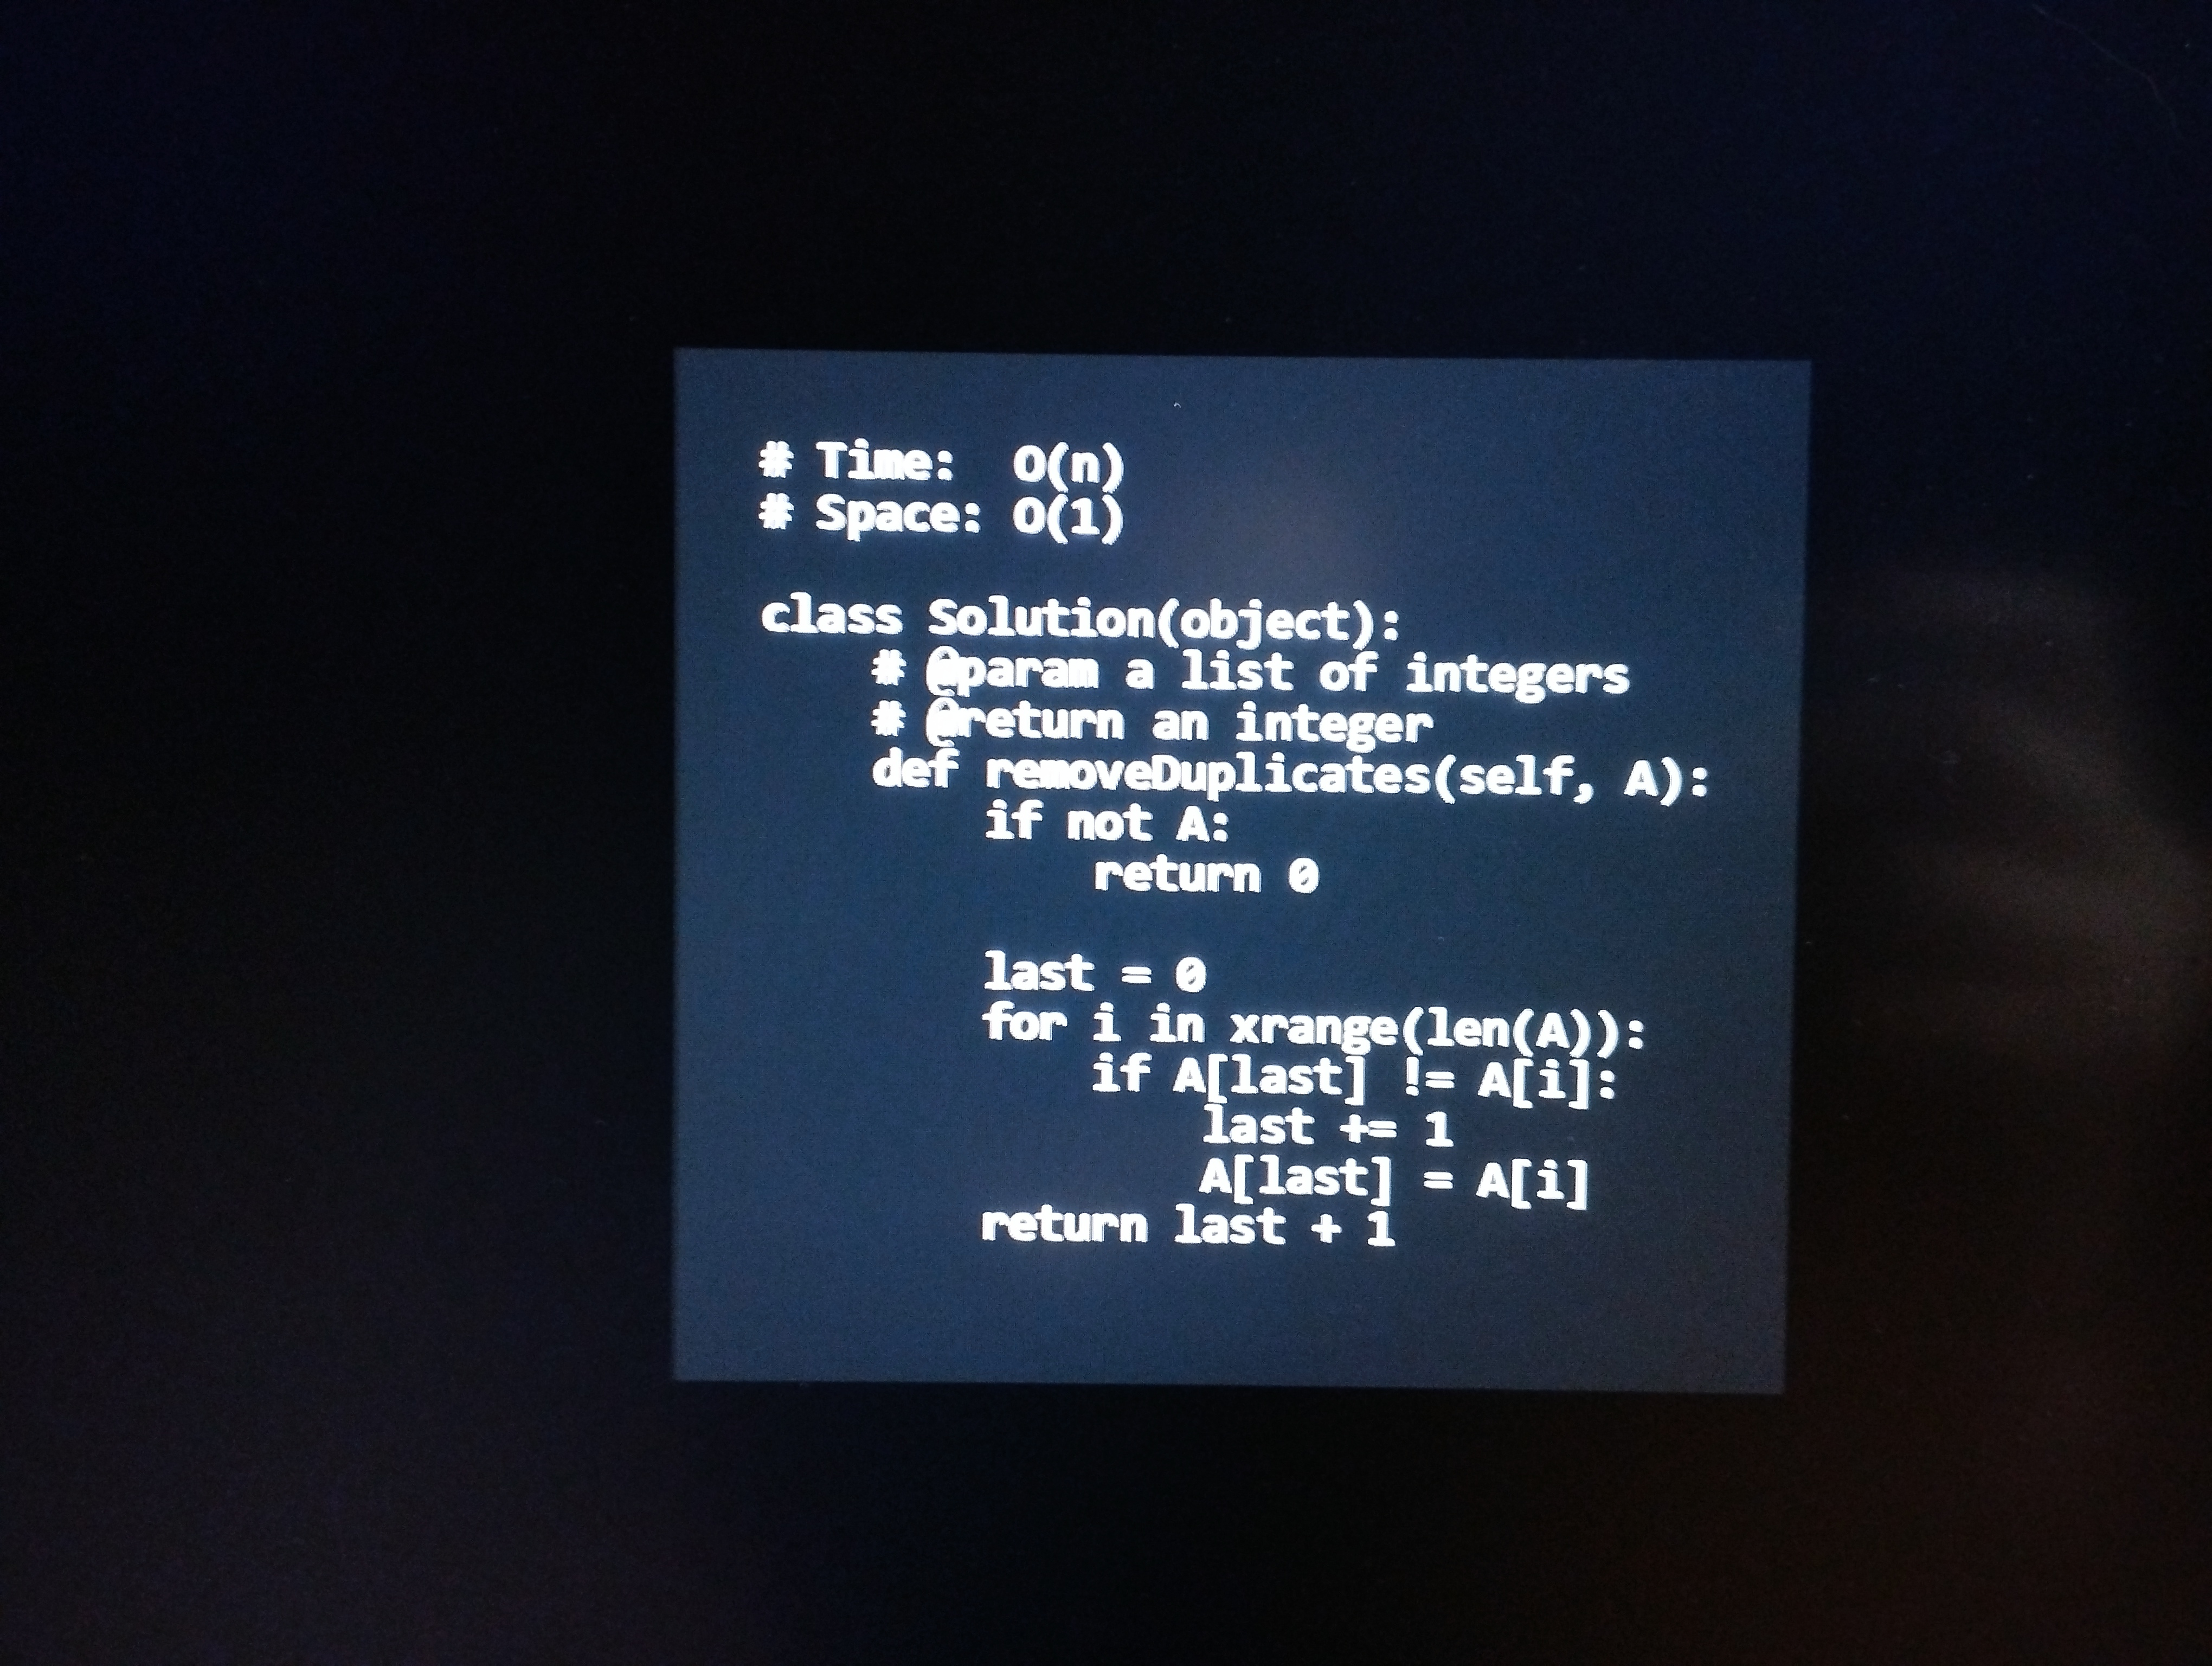
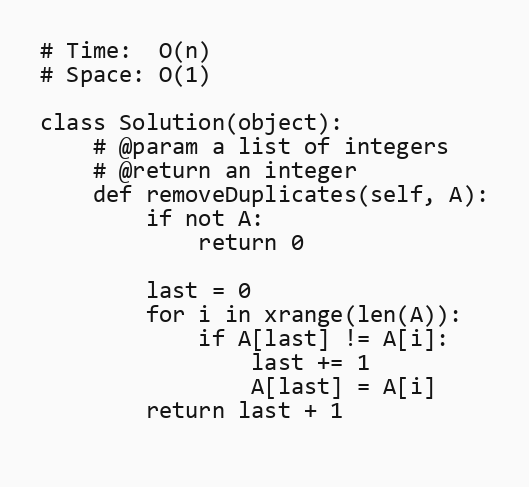
# Time:  O(n)
# Space: O(1)

class Solution(object):
    # @param a list of integers
    # @return an integer
    def removeDuplicates(self, A):
        if not A:
            return 0

        last = 0
        for i in xrange(len(A)):
            if A[last] != A[i]:
                last += 1
                A[last] = A[i]
        return last + 1